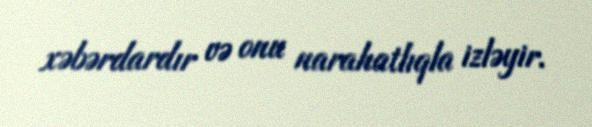
xəbərdardır və onu narahatlıqla izləyir.